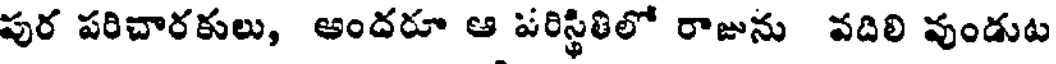
పుర పరిచారకులు, అందరూ ఆ పరిస్థితిలో రాజును వదిలి వుండుట